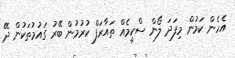
އެހެން ކަމުން މިފަދަ ލޯން ސްކީމެއް ތައާރަފް ކުރުމުން ބޭރު ގައުމުތަކުން ދޭ